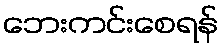
ဘေးကင်းစေရန်